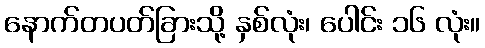
နောက်တပတ်ခြားသို့ နှစ်လုံး၊ ပေါင်း ၁၆ လုံး။